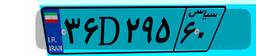
۰۱D۰۶۸۱۱